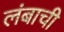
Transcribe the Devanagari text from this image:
लंबाची